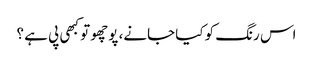
اس رنگ کو کیا جانے، پوچھو تو کبھی پی ہے ؟